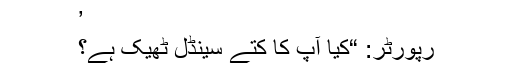
’
رپورٹر: “کیا آپ کا کتے سینڈل ٹھیک ہے؟